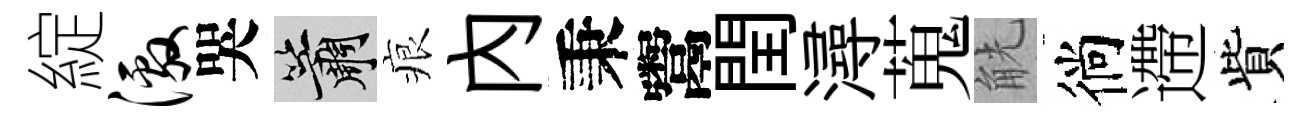
綻激哭簫痕內秉鬻閏潯蒐觥徜遰貲